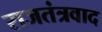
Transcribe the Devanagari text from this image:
राजतंत्रवाद